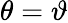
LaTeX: \theta=\vartheta